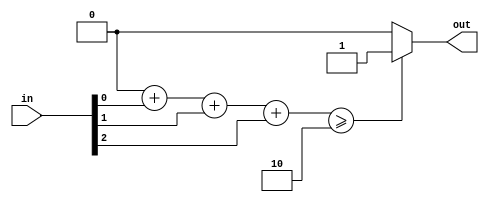
`timescale 1ns / 1ps

module el_t_mid#(
	parameter						IN_NUM = 3
)
(
//------------------------------------
	input	[IN_NUM-1 : 0]			in,
//---------OUT------------------------
	output							out
//------------------------------------
);

localparam SUM_W = 32; //Could use clog2, dont want to risk it being unsuported

reg [SUM_W - 1:0] sum = 0;
reg out_r = 0;
assign out = out_r;

integer in_idx;

always@(*)
begin
	sum = 0;
	for (in_idx = 0; in_idx < IN_NUM; in_idx = in_idx + 1)
	begin 
		sum = sum + in[in_idx];
	end
	if(sum >= ((IN_NUM+1)/2) )
	begin
		out_r = 1;
	end
	else
	begin
		out_r = 0;
	end
	
	
end

endmodule